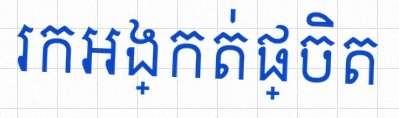
រកអង្កត់ផ្ចិត